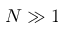
N \gg 1